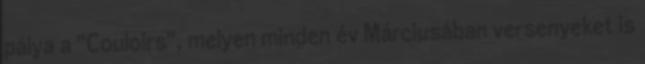
pálya a "Couloirs", melyen minden év Márciusában versenyeket is